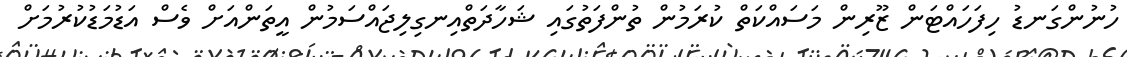
ހުނުންގަނޑު ހިފަހައްޓަން ޒޫރިން މަސައްކަތް ކުރަމުން ތުންފަތުގައި ޝަހާދަތްއިނގިލިޖައްސަމުން އީތަންއަށް ވެސް އަޑުމަޑުކުރުމަށް